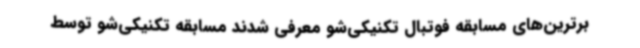
برترین‌های مسابقه فوتبال تکنیکی‌شو معرفی شدند مسابقه تکنیکی‌شو توسط